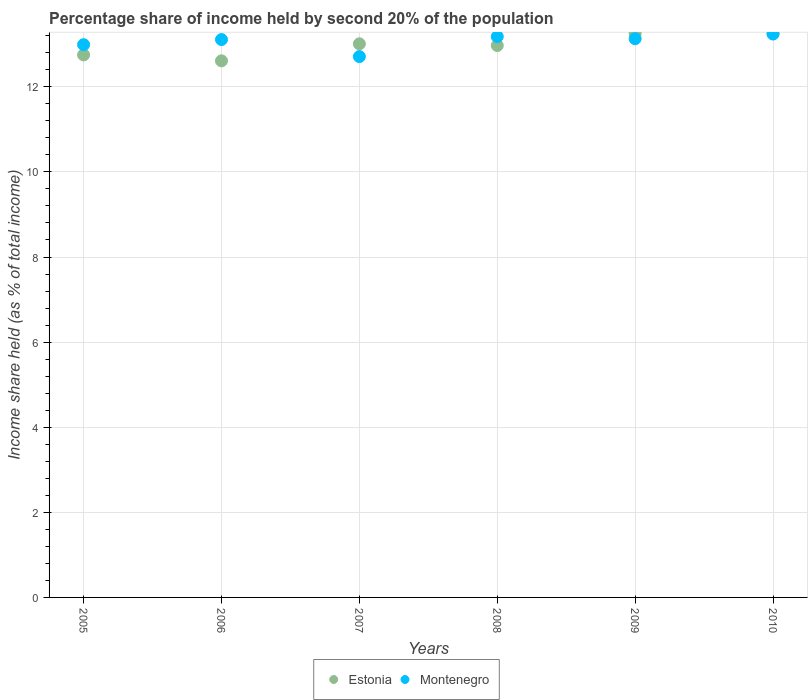
| Years | Estonia | Montenegro |
 | --- | --- | --- |
 | 2005 | 12.8 | 13 |
 | 2006 | 12.6 | 13.1 |
 | 2007 | 13 | 12.7 |
 | 2008 | 13 | 13.2 |
 | 2009 | 13.2 | 13.1 |
 | 2010 | 13.2 | 13.2 |